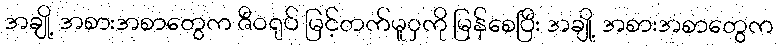
အချို့ အစားအစာတွေက ဇီဝရုပ် မြင့်တက်မူှကို မြန်စေပြီး အချို့ အစားအစာတွေက